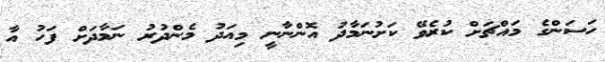
ހަސަންގެ މައްޗަށް ކުރެވޭ ކަށުނަމާދު އޮންނާނީ މިއަދު މެންދުރު ނަމާދަށް ފަހު އާ